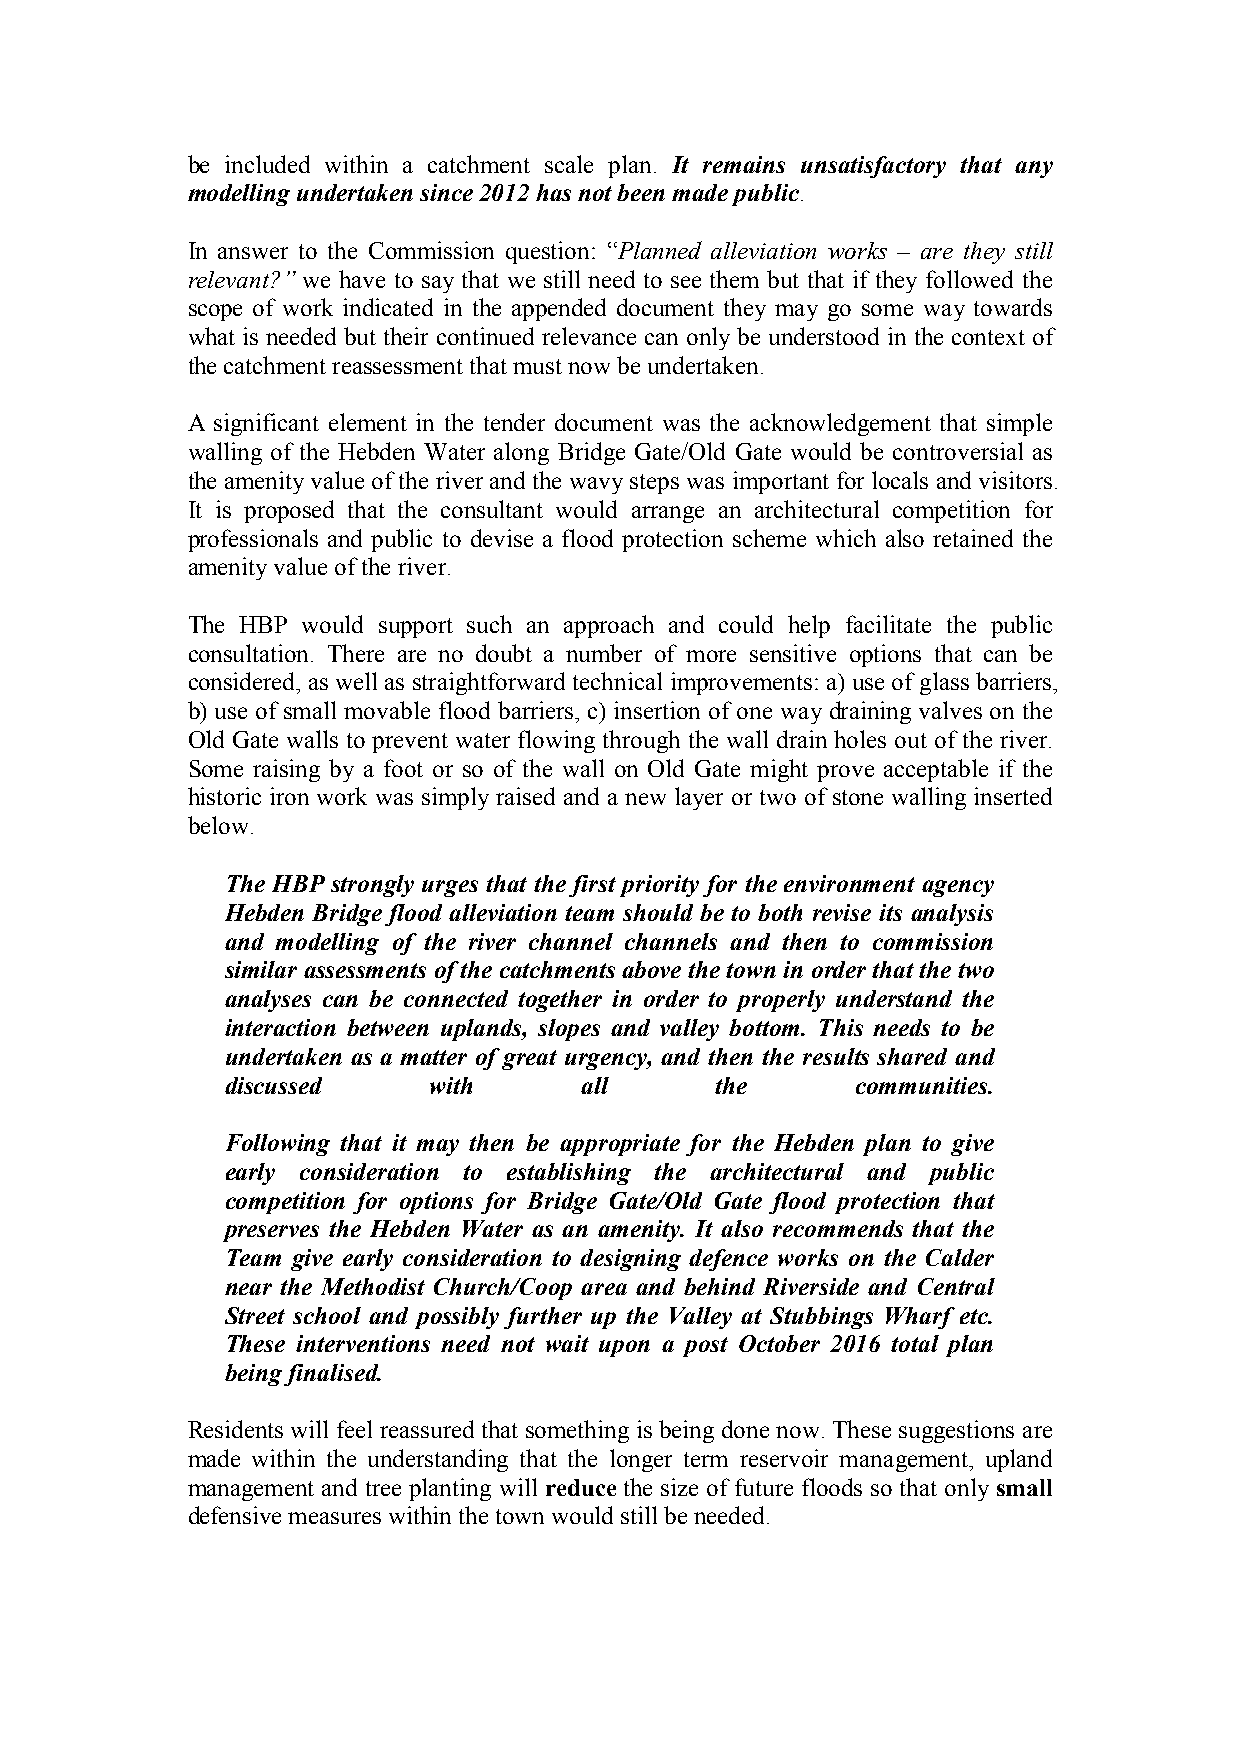
be included within a catchment scale plan. It remains unsatisfactory that any
 modelling undertaken since 2012 has not been made public.
 In answer to the Commission question: “Planned alleviation works – are they still
 relevant?” we have to say that we still need to see them but that if they followed the
 scope of work indicated in the appended document they may go some way towards
 what is needed but their continued relevance can only be understood in the context of
 the catchment reassessment that must now be undertaken.
 A significant element in the tender document was the acknowledgement that simple
 walling of the Hebden Water along Bridge Gate/Old Gate would be controversial as
 the amenity value of the river and the wavy steps was important for locals and visitors.
 It is proposed that the consultant would arrange an architectural competition for
 professionals and public to devise a flood protection scheme which also retained the
 amenity value of the river.
 The HBP would support such an approach and could help facilitate the public
 consultation. There are no doubt a number of more sensitive options that can be
 considered, as well as straightforward technical improvements: a) use of glass barriers,
 b) use of small movable flood barriers, c) insertion of one way draining valves on the
 Old Gate walls to prevent water flowing through the wall drain holes out of the river.
 Some raising by a foot or so of the wall on Old Gate might prove acceptable if the
 historic iron work was simply raised and a new layer or two of stone walling inserted
 below.
 The HBP strongly urges that the first priority for the environment agency
 Hebden Bridge flood alleviation team should be to both revise its analysis
 and modelling of the river channel channels and then to commission
 similar assessments of the catchments above the town in order that the two
 analyses can be connected together in order to properly understand the
 interaction between uplands, slopes and valley bottom. This needs to be
 undertaken as a matter of great urgency, and then the results shared and
 discussed    with       all     the       communities.
 Following that it may then be appropriate for the Hebden plan to give
 early consideration to establishing the architectural and public
 competition for options for Bridge Gate/Old Gate flood protection that
 preserves the Hebden Water as an amenity. It also recommends that the
 Team give early consideration to designing defence works on the Calder
 near the Methodist Church/Coop area and behind Riverside and Central
 Street school and possibly further up the Valley at Stubbings Wharf etc.
 These interventions need not wait upon a post October 2016 total plan
 being finalised.
 Residents will feel reassured that something is being done now. These suggestions are
 made within the understanding that the longer term reservoir management, upland
 management and tree planting will reduce the size of future floods so that only small
 defensive measures within the town would still be needed.